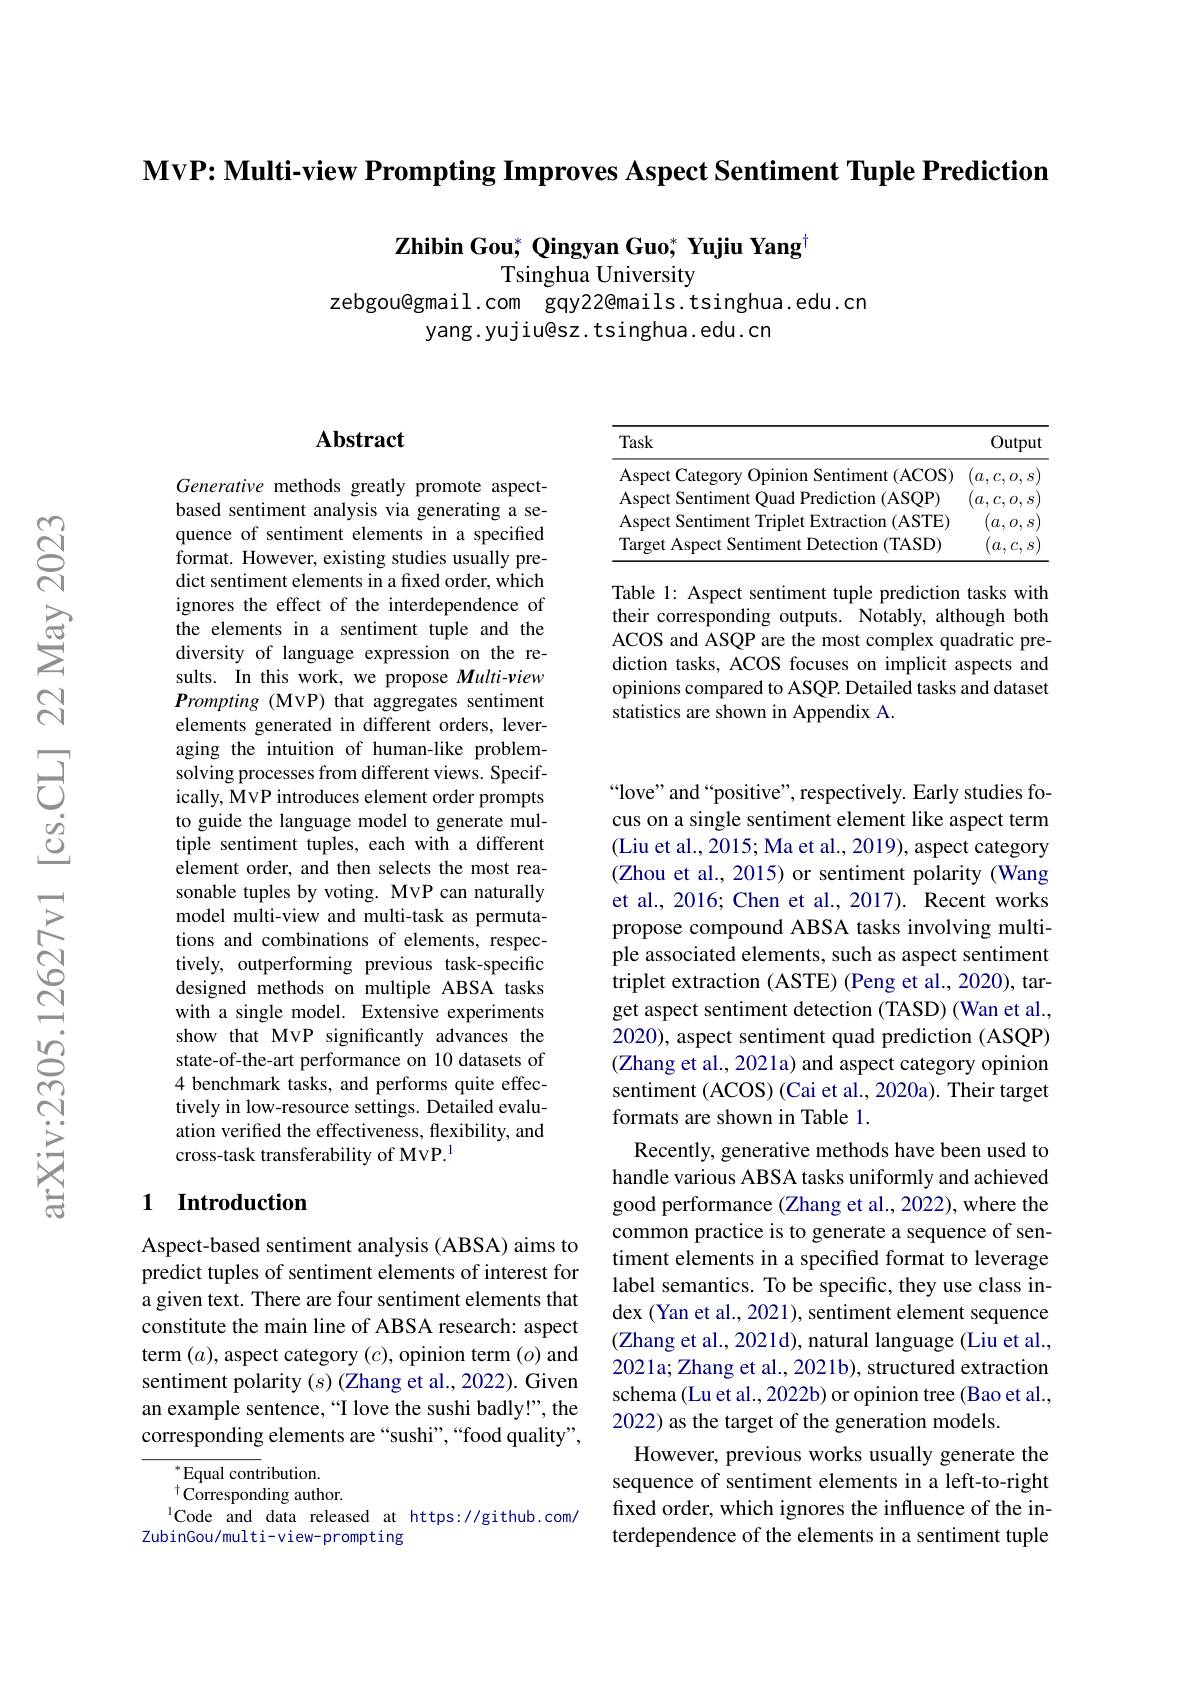
$\textbf{MvP: Multi- view Prompting Improves Aspect Sentiment Tuple Prediction}$

$\mathbf{Z} \textbf{hibin Gou}^*$ Qingyan Guo$^*\textbf{ Yujiu Yang}^\dagger$
### Tsinghua University

zebgou@gmail.com gqy22@mails.tsinghua.edu.cn
yang.yujiu@sz.tsinghua.edu.cn

## $\mathbf{Abstract}$

Generative methods greatly promote aspectbased sentiment analysis via generating a sequence of sentiment elements in a specified format. However, existing studies usually predict sentiment elements in a fixed order, which ignores the effect of the interdependence of the elements in a sentiment tuple and the diversity of language expression on the results. In this work, we propose Multi-view Prompting (MvP) that aggregates sentiment elements generated in different orders, leveraging the intuition of human-like problemsolving processes from different views. Specifically, MvP introduces element order prompts to guide the language model to generate multiple sentiment tuples, each with a different element order, and then selects the most reasonable tuples by voting. MVP can naturally model multi-view and multi-task as permutations and combinations of elements, respectively, outperforming previous task-specific designed methods on multiple ABSA tasks with a single model. Extensive experiments show that MVP significantly advances the state-of-the-art performance on 10 datasets of 4 benchmark tasks, and performs quite effectively in low-resource settings. Detailed evaluation verified the effectiveness, flexibility, and cross-task transferability of MvP.$^{\mathrm{l}}$

## 1 Introduction

Aspect-based sentiment analysis ( ABSA) aims to predict tuples of sentiment elements of interest for a given text. There are four sentiment elements that constitute the main line of ABSA research: aspect term $(a)$, aspect category $(c)$, opinion term (o) and sentiment polarity $(s)$ (Zhang et al.,2022). Given an example sentence,“I love the sushi badly!”, the corresponding elements are “sushi”,“food quality”,

$^*$Equal contribution.
$^{\dagger}{\mathrm{Corresponding~author.}}$
$^{1}$Code and data released at https://github.com/
ZubinGou/multi-view-prompting

<table>
	<tbody>
		<tr>
			<th>Task</th>
			<th>Output</th>
		</tr>
		<tr>
			<td>Aspect Category Opinion Sentiment (ACOS)</td>
			<td>$a.$ $,C,O,S$ </td>
		</tr>
		<tr>
			<td>Aspect Sentiment Quad Prediction (ASQP)</td>
			<td>$a$ $C,0$, S </td>
		</tr>
		<tr>
			<td>Aspect Sentiment Triplet Extraction (ASTE)</td>
			<td>$a$ 0, S</td>
		</tr>
		<tr>
			<td>Target Aspect Sentiment Detection (TASD)</td>
			<td>$a.$ $S$</td>
		</tr>
	</tbody>
</table>

Table 1: Aspect sentiment tuple prediction tasks with their corresponding outputs. Notably, although both ACOS and ASQP are the most complex quadratic prediction tasks, ACOS focuses on implicit aspects and opinions compared to ASQP. Detailed tasks and dataset statistics are shown in Appendix A.

“love” and“positive”, respectively. Early studies focus on a single sentiment element like aspect term (Liu et al., 2015; Ma et al., 2019), aspect category (Zhou et al., 2015) or sentiment polarity (Wang et al., 2016; Chen et al., 2017). Recent works propose compound ABSA tasks involving multiple associated elements, such as aspect sentiment triplet extraction (ASTE) (Peng et al., 2020), target aspect sentiment detection (TASD) (Wan et al., 2020), aspect sentiment quad prediction (ASQP) (Zhang et al., 2021a) and aspect category opinion sentiment (ACOS) (Cai et al., 2020a). Their target formats are shown in Table 1.
Recently, generative methods have been used to handle various ABSA tasks uniformly and achieved good performance (Zhang et al., 2022), where the common practice is to generate a sequence of sentiment elements in a specified format to leverage label semantics. To be specific, they use class index (Yan et al., 2021), sentiment element sequence (Zhang et al., 2021d), natural language (Liu et al., 2021a; Zhang et al., 2021b), structured extraction schema (Lu et al., 2022b) or opinion tree (Bao et al., 2022) as the target of the generation models.
However, previous works usually generate the sequence of sentiment elements in a left-to-right fixed order, which ignores the influence of the interdependence of the elements in a sentiment tuple